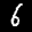
Label: 6